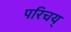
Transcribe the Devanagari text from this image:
परिचय्